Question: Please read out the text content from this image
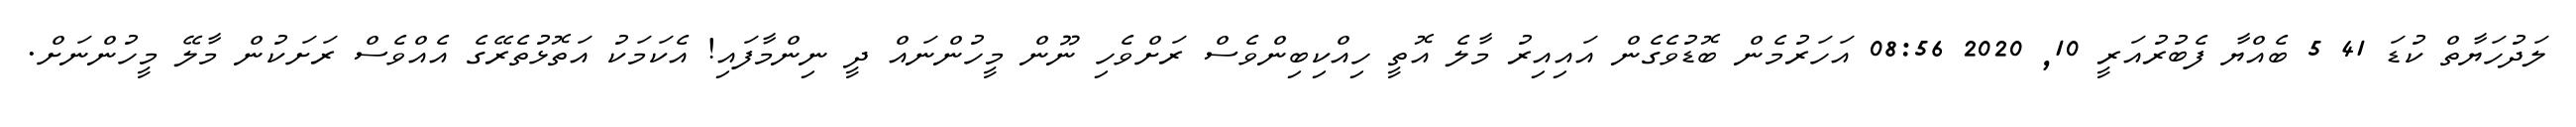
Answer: ލަދުހަޔާތް ކުޑަ 41 5 ބެއްޔާ ފެބުރުއަރީ 10, 2020 08:56 އަހަރުމެން ބޮޑުވެގެން އައިއިރު މާލެ އޮތީ ހިއްކިބިންވެސް ރަށްވެހި ނޫން މީހުންނައް ދީ ނިންމާފައި! އެކަމަކު އަތޮޅުތެރޭގެ އެއްވެސް ރަށަކުން މާލޭ މީހުންނަށް.